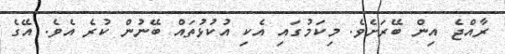
ރާއްޖެ އިން ބޭރަށެވެ. މިކަމުގައި އެކި އުކުޅުތައް ބޭނުން ކުރެ އެވެ. އޭގެ